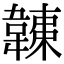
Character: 𩏏